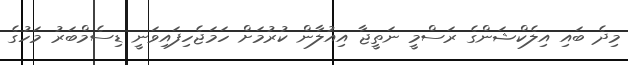
މިދެ ބައި އިލެކްޝަންގެ ރަސްމީ ނަތީޖާ އިއުލާން ކުރުމަށް ހަމަޖެހިފައިވަނީ ޑިސެމްބަރު މަހުގެ